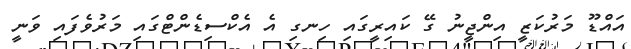
އައްޑޫ މަރުކަޒީ އިންޖީނު ގޭ ކައިރީގައި ހިނގި އެ އެކްސިޑެންޓްގައި މަރުވެފައި ވަނީ